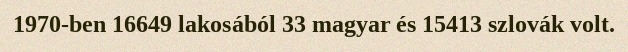
1970-ben 16649 lakosából 33 magyar és 15413 szlovák volt.